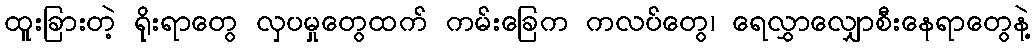
ထူးခြားတဲ့ ရိုးရာတွေ လှပမှုတွေထက် ကမ်းခြေက ကလပ်တွေ၊ ရေလွှာလျှောစီးနေရာတွေနဲ့